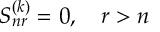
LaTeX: S _ { n r } ^ { ( k ) } = 0 , \quad r > n